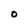
Character: O